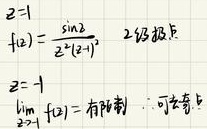
\begin{align*}
z&=1\\
f(z)&=\frac{\sin z}{z^{2}(z - 1)^{3}}\quad 2级极点\\
z&=-1\\
\lim_{z\rightarrow -1}f(z)&=\text{有穷制，可去奇点}
\end{align*}